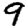
Digit: 9